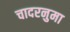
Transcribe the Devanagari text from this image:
चादरनुमा